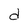
Character: d